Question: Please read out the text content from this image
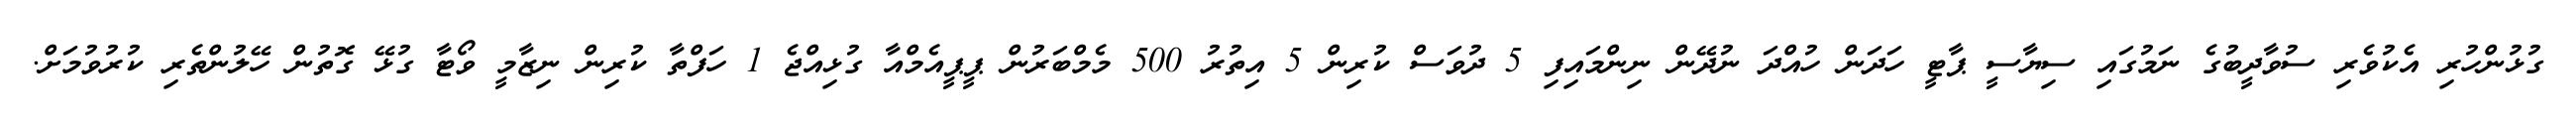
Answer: ގުޅުންހުރި އެކުވެރި ސުވާދީބުގެ ނަމުގައި ސިޔާސީ ޕާޓީ ހަދަން ހުއްދަ ނުދޭން ނިންމައިފި 5 ދުވަސް ކުރިން 5 އިތުރު 500 މެމްބަރުން ޕީޕީއެމްއާ ގުޅިއްޖެ 1 ހަފްތާ ކުރިން ނިޒާމީ ވޯޓާ ގުޅޭ ގޮތުން ހޭލުންތެރި ކުރުވުމަށް.